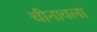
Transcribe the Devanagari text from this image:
चीनावला